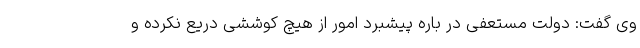
وی گفت: دولت مستعفی در باره پیشبرد امور از هیچ کوششی دریع نکرده و